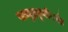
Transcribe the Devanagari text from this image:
सामुद्रधुनीपर्यंत